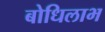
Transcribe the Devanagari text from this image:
बोधिलाभ